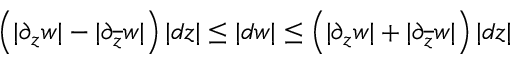
\left( | \partial _ { z } w | - | \partial _ { \overline { { z } } } w | \right) | d z | \leq | d w | \leq \left( | \partial _ { z } w | + | \partial _ { \overline { { z } } } w | \right) | d z |